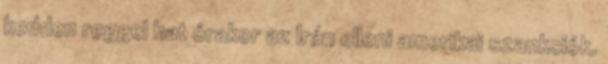
kedden reggel hat órakor az Irán elleni amerikai szankciók.